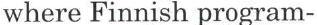
where Finnish program-